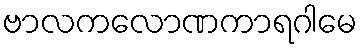
ဗာလကလောဏကာရဂါမေ